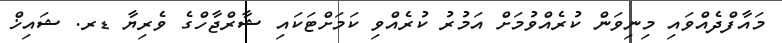
މައާފްދެއްވައި މިނިވަން ކުރެއްވުމަށް އަމުރު ކުރެއްވި ކަމަށްޓަކައި ޝާރްޖާހްގެ ވެރިޔާ ޑރ. ޝައިޚް